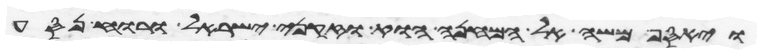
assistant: ויאסף משה אל המחנה הוא וזקני ישראל ורוח נסע